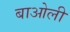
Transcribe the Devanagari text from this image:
बाओली